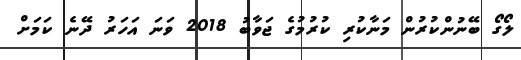
ލޯގޯ ބޭނުންކުރުން މަނާކުރި ކުރުމުގެ ޖަވާބު 2018 ވަނަ އަހަރު ދޭނެ ކަމަށް